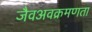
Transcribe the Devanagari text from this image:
जैवअवक्रमणता